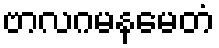
ဗာလဂမနမေတံ